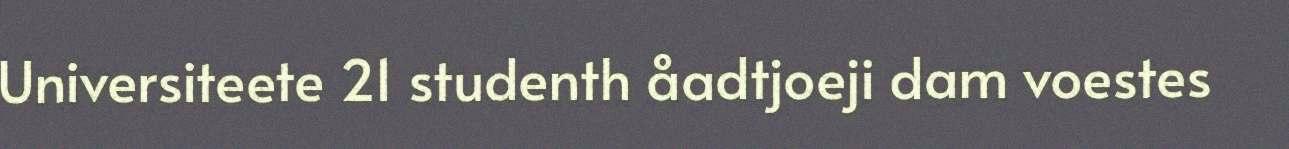
Universiteete 21 studenth åadtjoeji dam voestes